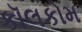
કૉલકોમ